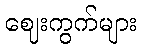
ဈေးကွက်များ